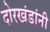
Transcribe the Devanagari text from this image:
दोरखंडांनी